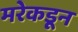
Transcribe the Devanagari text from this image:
मरेकडून